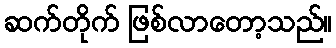
ဆက်တိုက် ဖြစ်လာတော့သည်။